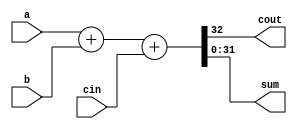
`timescale 1ns/1ns
module Adder_32bit (input [31:0]a , b,input cin, output cout,output [31:0] sum);
  assign {cout, sum} = a + b + cin;
endmodule